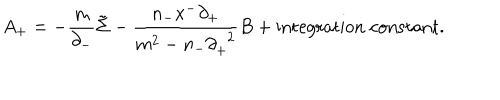
A _ { + } = - \frac { m } { { \partial } _ { - } } \tilde { \Sigma } - \frac { n _ { - } x ^ { - } { \partial } _ { + } } { m ^ { 2 } - n _ { - } { \partial } _ { + } ^ { \; \; 2 } } B + \mathrm { i n t e g r a t i o n \; c o n s t a n t } .